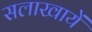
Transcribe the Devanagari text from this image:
सलाखायें